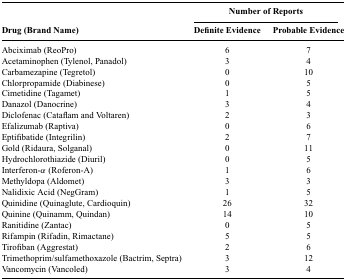
|  | <COLSPAN=2> Number of Reports |
 | Drug (Brand Name) | Definite Evidence | Probable Evidence |
 | --- | --- | --- |
 | Abciximab (ReoPro) | 6 | 7 |
 | Acetaminophen (Tylenol, Panadol) | 3 | 4 |
 | Carbamezapine (Tegretol) | 0 | 10 |
 | Chlorpropamide (Diabinese) | 0 | 5 |
 | Cimetidine (Tagamet) | 1 | 5 |
 | Danazol (Danocrine) | 3 | 4 |
 | Diclofenac (Cataflam and Voltaren) | 2 | 3 |
 | Efalizumab (Raptiva) | 0 | 6 |
 | Eptifibatide (Integrilin) | 2 | 7 |
 | Gold (Ridaura, Solganal) | 0 | 11 |
 | Hydrochlorothiazide (Diuril) | 0 | 5 |
 | Interferon-α (Roferon-A) | 1 | 6 |
 | Methyldopa (Aldomet) | 3 | 3 |
 | Nalidixic Acid (NegGram) | 1 | 5 |
 | Quinidine (Quinaglute, Cardioquin) | 26 | 32 |
 | Quinine (Quinamm, Quindan) | 14 | 10 |
 | Ranitidine (Zantac) | 0 | 5 |
 | Rifampin (Rifadin, Rimactane) | 5 | 5 |
 | Tirofiban (Aggrestat) | 2 | 6 |
 | Trimethoprim/sulfamethoxazole (Bactrim, Septra) | 3 | 12 |
 | Vancomycin (Vancoled) | 3 | 4 |